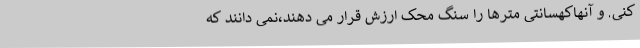
کنی. و آنهاکهسانتی مترها را سنگ محک ارزش قرار می دهند،نمی دانند که